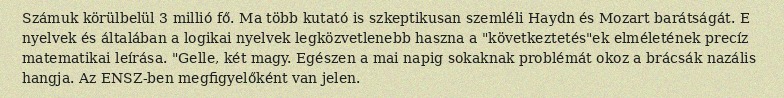
Számuk körülbelül 3 millió fő. Ma több kutató is szkeptikusan szemléli Haydn és Mozart barátságát. E nyelvek és általában a logikai nyelvek legközvetlenebb haszna a "következtetés"ek elméletének precíz matematikai leírása. "Gelle, két magy. Egészen a mai napig sokaknak problémát okoz a brácsák nazális hangja. Az ENSZ-ben megfigyelőként van jelen.